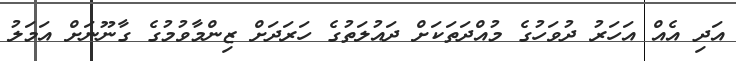
އަދި އެއް އަހަރު ދުވަހުގެ މުއްދަތަކަށް ދައުލަތުގެ ހަރަދަށް ޒިންމާވުމުގެ ގާނޫނަށް އަމަލު